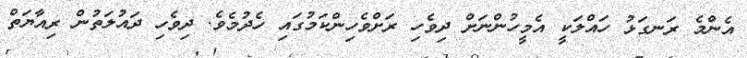
އެންމެ ރަނގަޅު ހައްލަކީ އެމީހުންނަށް ދިވެހި ރަށްވެހިންކަމުގައި ހެދުމެވެ. ދިވެހި ދައުލަތުން ރިއާޔަތް